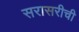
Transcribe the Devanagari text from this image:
सरासरीची